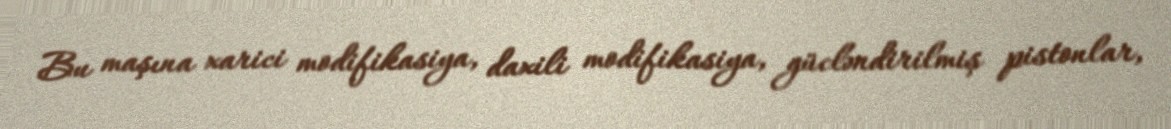
Bu maşına xarici modifikasiya, daxili modifikasiya, gücləndirilmiş pistonlar,